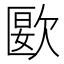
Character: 㰽